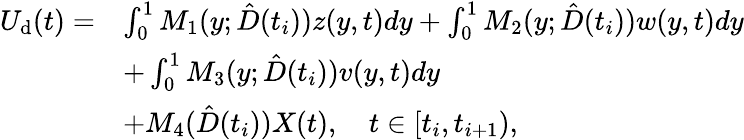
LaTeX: \begin{array}{rl}{U_{\mathrm{d}}(t)=}&{\int_{0}^{1}M_{1}(y;\hat{D}(t_{i}))z(y,t)dy+\int_{0}^{1}M_{2}(y;\hat{D}(t_{i}))w(y,t)dy}\\ &{+\int_{0}^{1}M_{3}(y;\hat{D}(t_{i}))v(y,t)dy}\\ &{+M_{4}(\hat{D}(t_{i}))X(t),\quad t\in[t_{i},t_{i+1}),}\end{array}